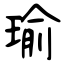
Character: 瑜